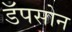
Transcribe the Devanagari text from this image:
डॅपसोन